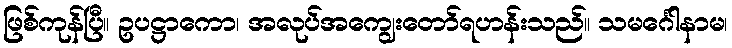
ဖြစ်ကုန်ပြီ။ ဥပဋ္ဌာကော၊ အလုပ်အကျွေးတော်ရဟန်းသည်။ သမင်္ဂေါနာမ၊